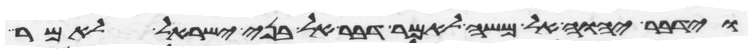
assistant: וידבר יהוה אל משה לאמר דבר אל בני ישראל לאמר